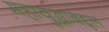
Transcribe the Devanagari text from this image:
महायुद्धाबद्दल